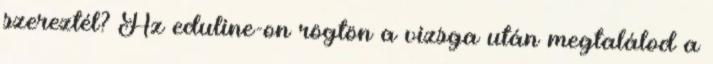
szereztél? Az eduline-on rögtön a vizsga után megtalálod a